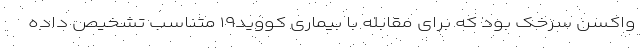
واکسن سرخک بود که برای مقابله با بیماری کووید۱۹ متناسب تشخیص داده